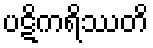
ပဋိကရိဿတိ